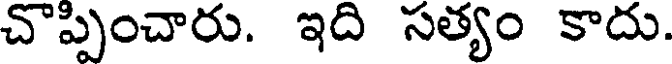
చొప్పించారు. ఇది సత్యం కాదు.